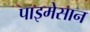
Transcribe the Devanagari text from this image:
पाइमेसान